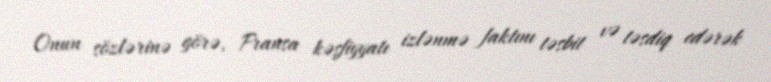
Onun sözlərinə görə, Fransa kəşfiyyatı izlənmə faktını təsbit və təsdiq edərək